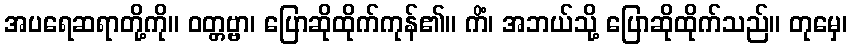
အပရေဆရာတို့ကို။ ဝတ္တဗ္ဗာ၊ ပြောဆိုထိုက်ကုန်၏။ ကိံ၊ အဘယ်သို့ ပြောဆိုထိုက်သည်။ တုမှေ၊